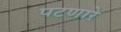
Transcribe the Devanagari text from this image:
पटणारे